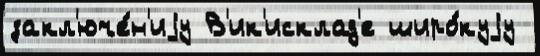
закл'юче́н'иjу В'ик'исклад'е широ́куjу